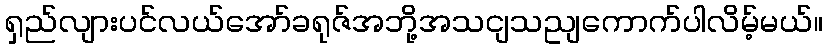
ရှည်လျားပင်လယ်အော်ခရုဇ်အဘို့အသငျသညျကောက်ပါလိမ့်မယ်။